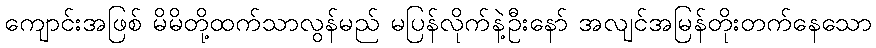
ကျောင်းအဖြစ် မိမိတို့ထက်သာလွန်မည် မပြန်လိုက်နဲ့ဦးနော် အလျင်အမြန်တိုးတက်နေသော